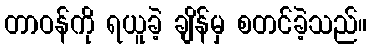
တာဝန်ကို ရယူခဲ့ ချိန်မှ စတင်ခဲ့သည်။